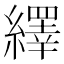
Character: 繹